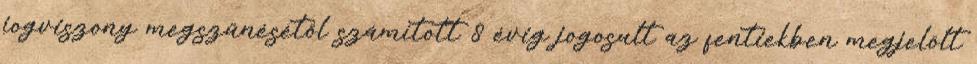
jogviszony megszűnésétől számított 8 évig jogosult az fentiekben megjelölt